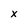
Character: x